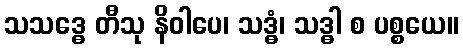
သသဒ္ဓေ တီသု နိဝါပေ၊ သဒ္ဓံ၊ သဒ္ဓါ စ ပစ္စယေ။